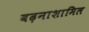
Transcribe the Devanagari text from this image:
बढ़नाशामिल